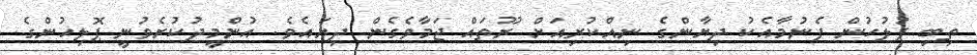
ތިބި ފުލުހުން ފެނުމާއެކު ދިޔާންގެ ނިއްކުރިއަށް ރޫތައް ޖަމާވެގެން ދިޔައެވެ. އުންމީދުކުރެވުނީ ޕޮލިހުންގެ